King Institute of Preventive Medicine Micro-Biological Section reports 1912-19
Year: 1912
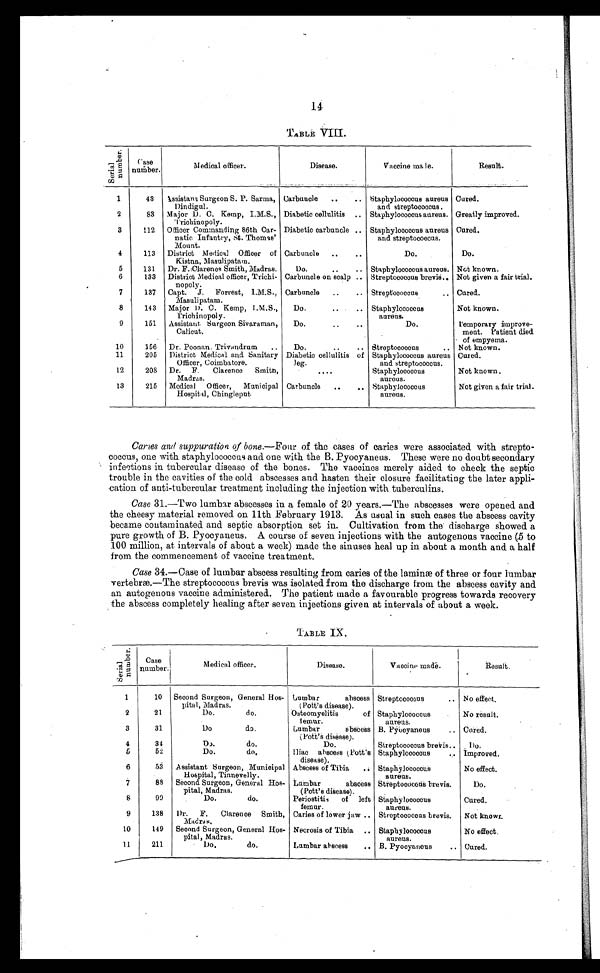
14
TABLE VIII.
Ser i al number .
Case number.
Medical officer.
Disease.
Vaccine male.
Result.
1
43 Assistant Surgeon S. P. Sarma,
Dindigul.
Carbuncle ..
.. Staphylococcus aureus
and streptococcus .
Cured.
2
83 Major D. C. Kemp, I.M.S.,
Trichinopoly.
Diabetic cellulitis .. Staphylococcus aureus. Greatly improved.
3
112 Officer Commanding 86th Car
¬natic Infantry, St. Thomas'
Mount.
Diabetic carbuncle .. Staphylococcus aureus
and streptococcus.
Cured.
4
113 District Medical Officer of
Kistna, Masulipatam.
Carbuncle ..
..
Do.
Do.
5
131 Dr. F.Clarence Smith, Madras.
Do.
. . .
. . .
Staphylococcus aureus. Not known.
6
133 District Medical officer, Trichi
¬nopoly.
Carbuncle on scalp .. Streptococcus brevis. Not given a fair trial.
7
137 Capt. J. Forrest, I.M.S.,
Masulipatam.
Carbuncle ..
.. Streptococcus
.. Cured.
8
143 Major D. C. Kemp, I.M.S.,
Trichinopoly.
Do.
..
.. Staphylococcus
aureus.
Not known.
9
151 Assistant Surgeon Sivaraman,
Calicut.
Do.
..
..
Do.
Temporary improve
¬ment. Patient died
of empyema.
10
156 Dr. Poonan. Trivandrum
..
Do.
..
.. Streptococcus
.. Not known.
11
205 District Medical and Sanitary
Officer, Coimbatore.
Diabetic cellulitis of
leg.
Staphylococcus aureus
and streptococcus.
Cured.
12
208
Dr. F. Clarence Smith,
Madras.
. . . .
Staphylococcus
aureus.
Not known.
13
215 Medical Officer, Municipal
Hospital, Chingleput
Carbuncle ..
.. Staphylococcus
aureus.
Not given a fair trial.
Caries and suppuration of bone. —Four of the cases of caries were associated with strepto-
coccus, one with staphylococcus and one with the B. Pyocyaneus. These were no doubt secondary
infections in tubercular disease of the bones. The vaccines merely aided to check the septic
trouble in the cavities of the cold abscesses and hasten their closure facilitating the later appli-
cation of anti-tubercular treatment including the injection with tuberculins.
Case 31.—Two lumbar abscesses in a female of 20 years.—The abscesses were opened and
the cheesy material removed on 11th February 1913. As usual in such cases the abscess cavity
became contaminated and septic absorption set in. Cultivation from the discharge showed a
pure growth of B. Pyocyaneus. A course of seven injections with the autogenous vaccine (5 to
100 million, at intervals of about a week) made the sinuses heal up in about a month and a half
from the commencement of vaccine treatment.
Case 34.—Case of lumbar abscess resulting from caries of the laminæ of three or four lumbar
vertebræ.—The streptococcus brevis was isolated from the discharge from the abscess cavity and
an autogenous vaccine administered. The patient made a favourable progress towards recovery
the abscess completely healing after seven injections given at intervals of about a week.
S e r i a l n u m b e r .
C a s e n u m b e r .
Medical officer.
Disease.
Vaccine made.
Result.
1
10 Second Surgeon, General Hos
¬pital, Madras.
Lumbar abscess
(Pott's disease).
Streptococcus
.. No effect.
2
21
Do.
do.
Osteomyelitis of
femur.
Staphylococcus
aureus.
No result.
3
31
Do. d o .
Lumbar abscess
(Pott's disease).
B. Pyocyaneus
.. Cured.
4
34
Do.
do.
Do.
Streptococcus brevis. D o .
5
52
Do.
do.
Iliac abscess (Pott's
disease).
Staphylococcus
.. Improved.
6
53 Assistant Surgeon, Municipal
Hospital, Tinnevelly.
Abscess of Tibia
. . Staphylococcus
a ureus.
No effect.
7
88 Second Surgeon, General Hos
¬pital, Madras.
Lumbar abscess
(Pott's disease).
Streptococcus brevis.
Do.
8
99
Do.
do.
Periostitis of left
femur.
Staphylococcus
aureus.
Cured.
9
138 Dr. F. Clarence Smith,
Madras.
Caries of lower jaw .. Streptococcus brevis. Not known.
10
149 Second Surgeon, General Hos
¬pital, Madras.
Necrosis of Tibia .. Staphylococcus
aureus.
No effect.
11
211
Do.
do.
Lumbar abscess
.. B. Pyocyaneus
... Cured.